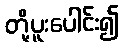
တို့ပူးပေါင်း၍